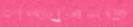
লজ্জাবনত